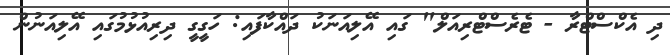
ދި އެކްސްޓްރާ - ޓެރެސްޓްރިއަލް" ގައި އޭލިއަނަކު ދައްކާފައި: ހަގީގީ ދިރިއުޅުމުގައި އޭލިއަނުން